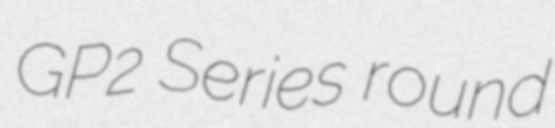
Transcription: GP2 Series round